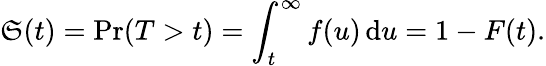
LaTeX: \mathfrak{S}(t)=\operatorname*{Pr}(T>t)=\int_{t}^{\infty}f(u)\, \mathrm{d}u=1-F(t).